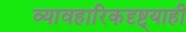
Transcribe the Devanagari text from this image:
व्यावहारिकदृष्ट्याही